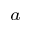
^ { a }